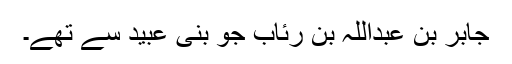
جابر بن عبداللہ بن رِئَاب جو بنی عُبَید سے تھے۔